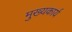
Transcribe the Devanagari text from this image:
मुख्यकार्य